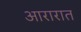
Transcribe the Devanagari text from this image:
आरारात